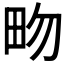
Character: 𤰿